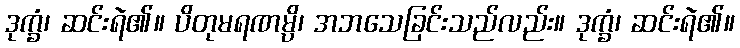
ဒုက္ခံ၊ ဆင်းရဲ၏။ ပိတုမရဏမ္ပိ၊ အဘသေခြင်းသည်လည်း။ ဒုက္ခံ၊ ဆင်းရဲ၏။